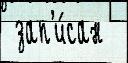
 зап'и́сан